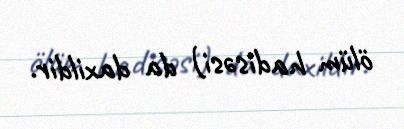
ölüm hadisəsi) da daxildir.